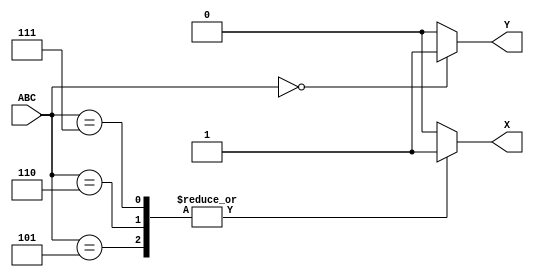
module JG3(ABC,X,Y);
	
	input [2:0] ABC;
	
	output X, Y;
	reg X, Y;
	
	always@(ABC)
    
        

		case(ABC)
			3'd0: begin X<=0;Y<=1; end
			3'd5: begin X<=1;Y=0; end
			3'd6: begin X<=1;Y=0; end
			3'd7: begin X<=1;Y=0; end
			default: begin X<=0;Y=0; end
		endcase	
		
        

	
endmodule